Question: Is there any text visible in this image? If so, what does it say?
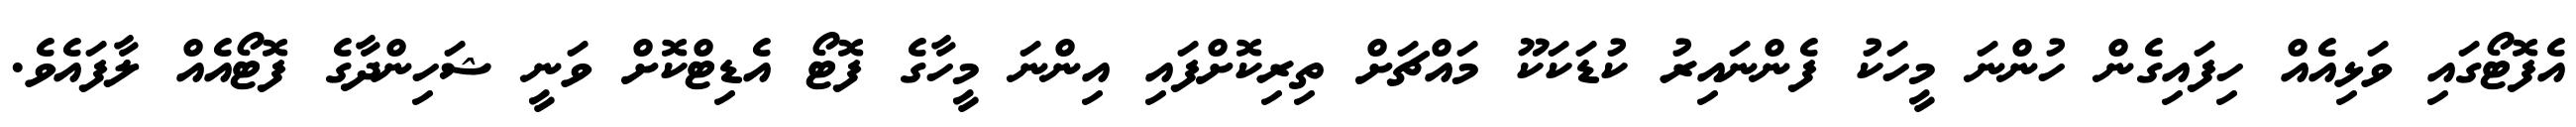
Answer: އެފޮޓޯގައި ވަޅިއެއް ހިފައިގެން ހުންނަ މީހަކު ފެންނައިރު ކުޑަކަކޫ މައްޗަށް ތިރިކޮށްފައި އިންނަ މީހާގެ ފޮޓޯ އެޑިޓްކޮށް ވަނީ ޝަހިންދާގެ ފޮޓޯއެއް ލާފައެވެ.